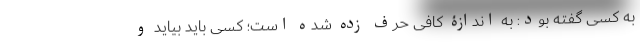
به کسی گفته بود: به اندازۀ کافی حرف زده شده است؛ کسی باید بیاید و